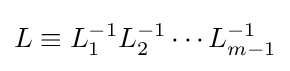
L\equiv L_{1}^{-1}L_{2}^{-1}\cdots L_{m-1}^{-1}